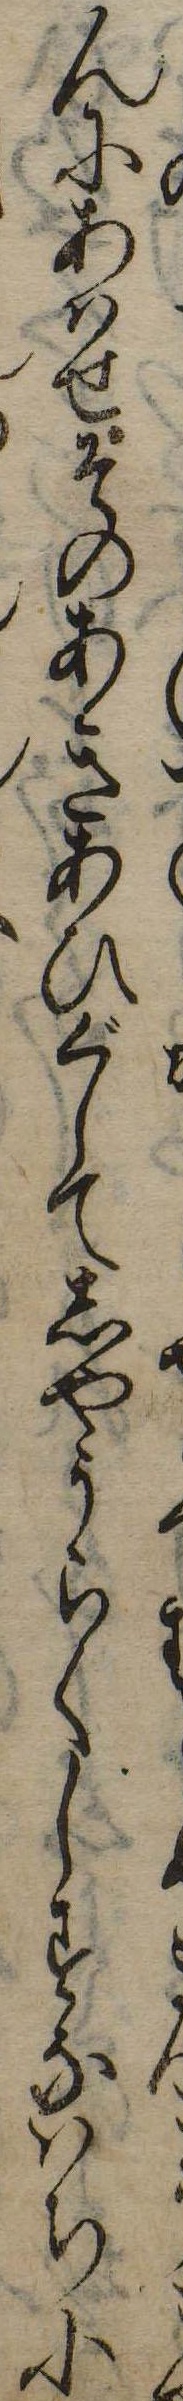
んにあはせそのあきあひぐしてしやうらくしすなはち小